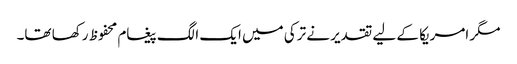
مگر امریکا کے لیے تقدیر نے ترکی میں ایک الگ پیغام محفوظ رکھا تھا۔